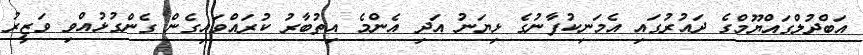
އަބްދުލްގައްޔޫމްގެ ދައުރުގައި އެމަނިކުފާނުގެ ޅިޔަނު އަދި އެންމެ އިތުބާރު ކުރައްވައިގެން ގެންގުޅުއްވި ވަޒީރު